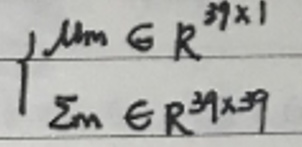
\[
\frac{\int_{Mm} GR^{39\times1}}{\sum_{m} ER^{39\times39}}
\]